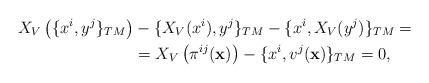
LaTeX: \begin{align*}X_{V}\left(\{x^i,y^j\}_{TM}\right)&-\{X_{V}(x^i),y^j\}_{TM}-\{x^i,X_{V}(y^j)\}_{TM}=\\&=X_{V}\left(\pi^{ij}({\bf x})\right)-\{x^i, v^j({\bf x})\}_{TM}=0 ,\end{align*}